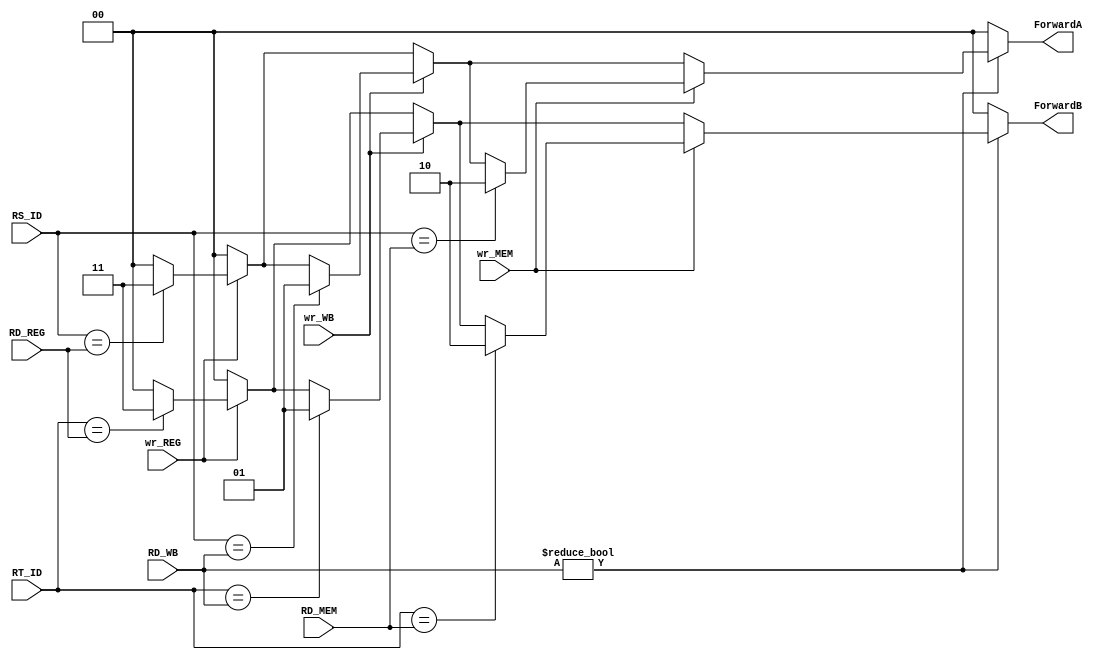
module Forwarding_unit(
	input wr_MEM,wr_WB,wr_REG,
	input [4:0]RS_ID,RT_ID,RD_MEM,RD_WB,RD_REG,
	output reg [1:0] ForwardA,ForwardB);

initial begin
ForwardA=2'b00;
ForwardB=2'b00;
end

always @(wr_MEM,wr_WB,RS_ID,RT_ID,RD_MEM,RD_WB)begin

ForwardA=2'b00;
ForwardB=2'b00;
if(RD_WB!=0)begin
	if(wr_REG==1)begin

		if(RS_ID == RD_REG)ForwardA=2'b11;

		if(RT_ID == RD_REG)ForwardB=2'b11;
	end

	if(wr_WB==1)begin

		if(RS_ID == RD_WB)ForwardA=2'b01;

		if(RT_ID == RD_WB)ForwardB=2'b01;
	end

	if(wr_MEM==1)begin
		if(RS_ID == RD_MEM)ForwardA=2'b10;

		if(RT_ID == RD_MEM)ForwardB=2'b10;
	end
end


end
endmodule